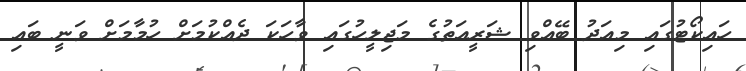
ހައިކޯޓުގައި މިއަދު ބޭއްވި ޝަރީއަތުގެ މަޖިލީހުގައި ވާހަކަ ދެއްކުމަށް ހުމާމަށް ވަނީ ބައި